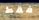
فقط